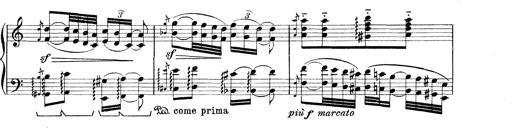
Title: Rapsodie: 19 ungheresi, 1 spagnuola
Composer: Franz Liszt